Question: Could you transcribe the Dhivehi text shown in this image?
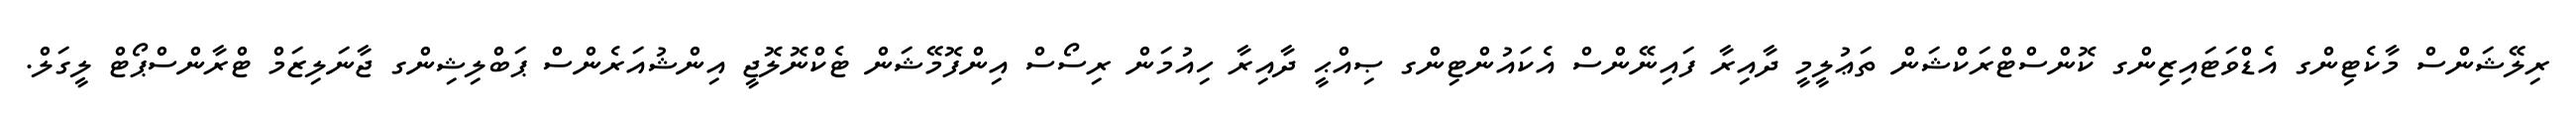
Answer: ރިލޭޝަންސް މާކެޓިންގ އެޑްވަޓައިޒިންގ ކޮންސްޓްރަކްޝަން ތަޢުލީމީ ދާއިރާ ފައިނޭންސް އެކައުންޓިންގ ޞިއްޙީ ދާއިރާ ހިއުމަން ރިސޯސް އިންފޮމޭޝަން ޓެކްނޮލޮޖީ އިންޝުއަރެންސް ޕަބްލިޝިންގ ޖާނަލިޒަމް ޓްރާންސްޕޯޓް ލީގަލް.